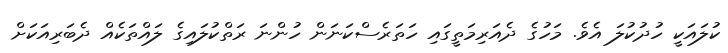
ކުލައަކީ ހުދުކުލަ އެވެ. މަހުގެ ދެއަރިމަތީގައި ހަތަރެސްކަނަން ހުންނަ ރަތްކުލައިގެ ލައްތަކެއް ދެބަރިއަކަށް